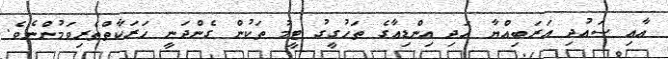
އާއި ސައުދި އަރަބިއްޔާ އަދި އިންޑިއާގެ ތަހުގީގު ޓީމު ތަކުން ގެންދަނީ ހަރަކާތްތެރިވަމުންނެވެ.